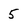
Character: 5